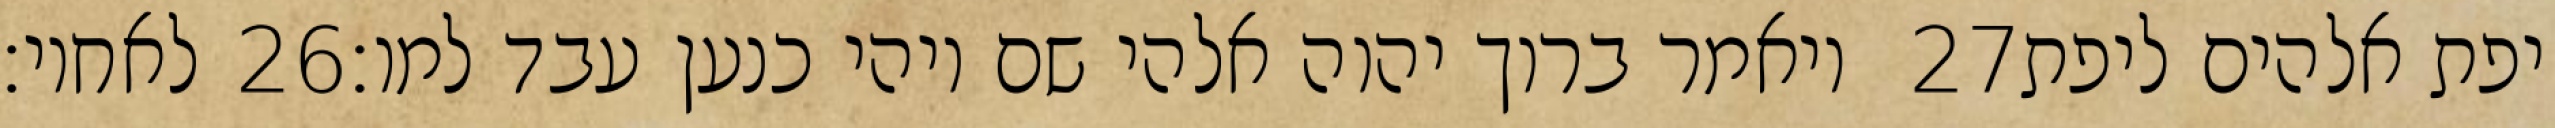
לאחיו׃ ‎26‏ ויאמר ברוך יהוה אלהי שם ויהי כנען עבד למו׃ ‎27‏ יפת אלהים ליפת